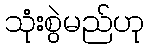
သုံးစွဲမည်ဟု